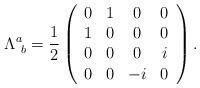
\begin{align*}\Lambda^a_{\ b} = {1 \over 2}\left( \begin{array}{cccc} 0 & 1 & 0 & 0 \\ 1 & 0 & 0 & 0 \\ 0 & 0 & 0 & i \\ 0 & 0 & -i & 0 \end{array} \right).\end{align*}